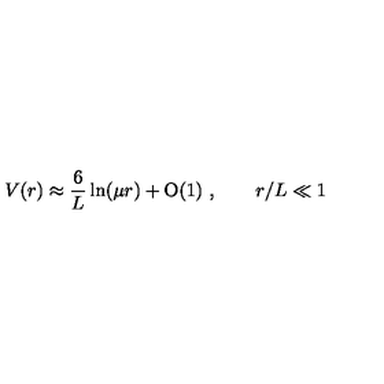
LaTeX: V ( r ) \approx \frac { 6 } { L } \ln ( \mu r ) + \mathrm { O } ( 1 ) \ , \qquad r / L \ll 1